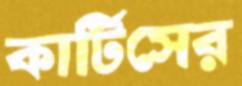
কার্টিসের